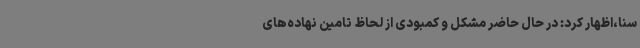
سنا،اظهار کرد: در حال حاضر مشکل و کمبودی از لحاظ تامین نهاده‌های